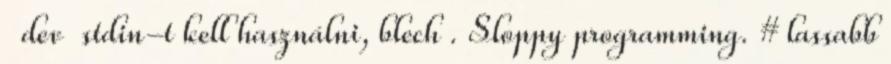
dev stdin-t kell használni, blech . Sloppy programming. # lassabb